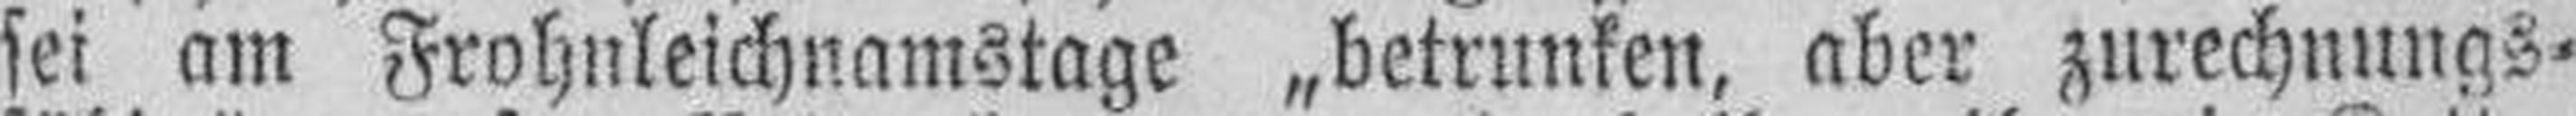
sei am Frohnleichnamstage „betrunken, aber zurechnungs¬